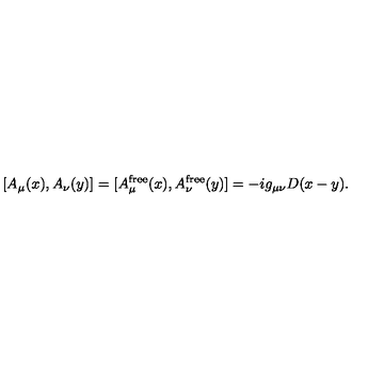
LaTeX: [ A _ { \mu } ( x ) , A _ { \nu } ( y ) ] = [ A _ { \mu } ^ { \mathrm { f r e e } } ( x ) , A _ { \nu } ^ { \mathrm { f r e e } } ( y ) ] = - i g _ { \mu \nu } D ( x - y ) .